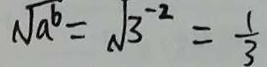
\sqrt { a ^ { 6 } } = \sqrt { 3 ^ { - 2 } } = \frac { 1 } { 3 }